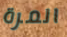
المرة